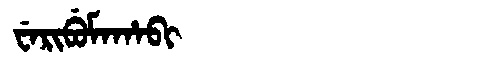
Manchu: ᠸᡝᡵᡳᠪᡠᠮᠠᡥᠠᠪᡳ
Romanization: WERIBUMAHABI